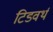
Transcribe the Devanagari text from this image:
टिडवर्थ